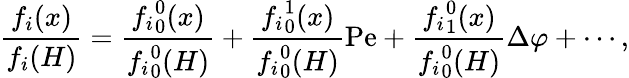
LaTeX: \frac{f_{i}(x)}{f_{i}(H)}=\frac{{f_{i}}_{0}^{0}(x)}{{f_{i}}_{0}^{0}(H)}+\frac{{f_{i}}_{0}^{1}(x)}{{f_{i}}_{0}^{0}(H)}\mathrm{Pe}+\frac{{f_{i}}_{1}^{0}(x)}{{f_{i}}_{0}^{0}(H)}\Delta\varphi+\cdots,